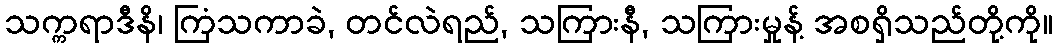
သက္ကရာဒီနိ၊ ကြံသကာခဲ, တင်လဲရည်, သကြားနီ, သကြားမှုန့် အစရှိသည်တို့ကို။